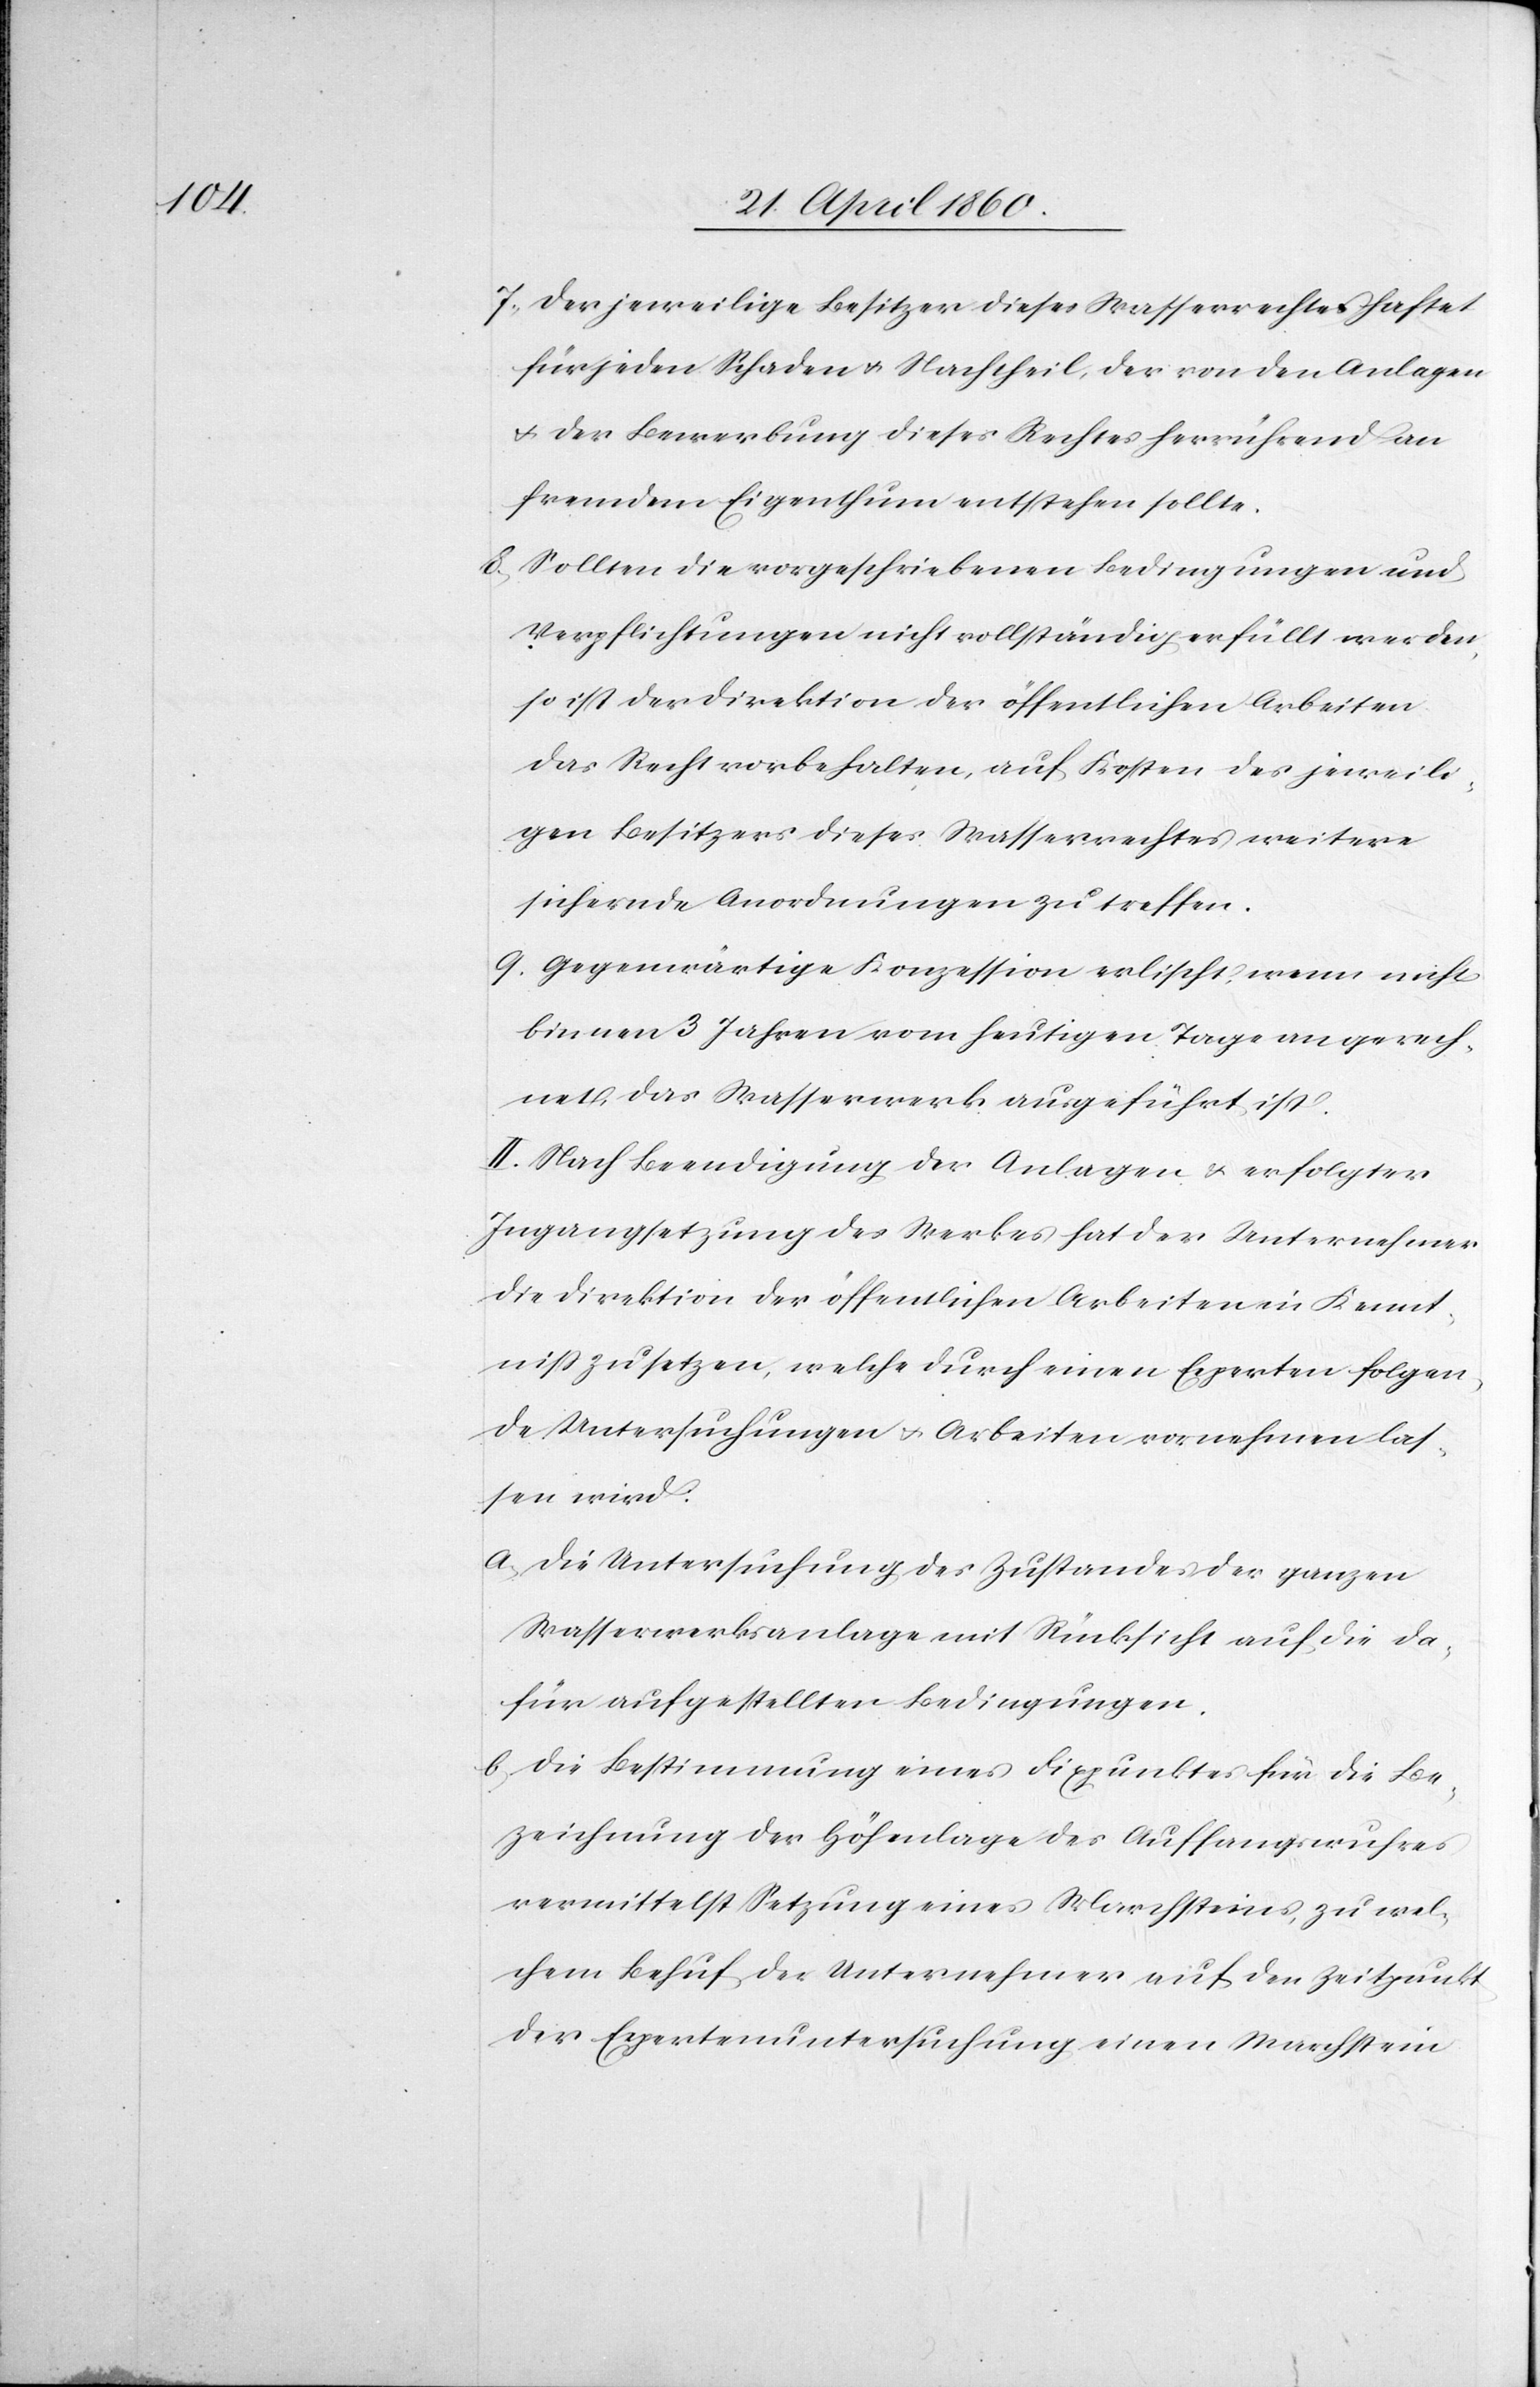
7. Der jeweilige Besitzer dieses Wasserrechtes haftet
für jeden Schaden u. Nachtheil, der von den Anlagen
u. der Bewerbung dieses Rechtes herrührend an
fremdem Eigenthum entstehen sollte.
8. Sollten die vorgeschriebenen Bedingungen und
Verpflichtungen nicht vollständig erfüllt werden,
so ist der Direktion der öffentlichen Arbeiten
das Recht vorbehalten, auf Kosten des jeweili¬
gen Besitzers dieses Wasserrechtes weitere
sichernde Anordnungen zu treffen.
9. Gegenwärtige Konzession erlischt, wenn nicht
binnen 3 Jahren vom heutigen Tage an gerech¬
net, das Wasserwerk ausgeführt ist.
II. Nach Beendigung der Anlagen u. erfolgter
Ingangsetzung des Werkes hat der Unternehmer
die Direktion der öffentlichen Arbeiten in Kennt¬
niss zu setzen, welche durch einen Ecperten folgen¬
de Untersuchungen u. Arbeiten vornehmen las¬
sen wird.
a. Die Untersuchung des Zustandes der ganzen
Wasserwerksanlage mit Rücksicht auf die da¬
für aufgestellten Bedingungen.
b. die Bestimmung eines Fixpunktes für die Be¬
zeichnung der Höhenlage des Auffangwuhres
vermittelst Setzung eines Marchsteines, zu wel¬
chem Behuf der Unternehmer auf den Zeitpunkt
der Expertenuntersuchung einen Marchstein